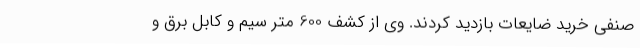
صنفی خرید ضایعات بازدید کردند. وی از کشف 600 متر سیم و کابل برق و